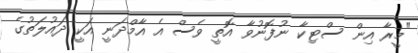
"މީރާ އިން ސްޓިކާ ނުފޮނުވާ އޮތީ ވެސް އެ އާމްދަނީ އަކީ ދައުލަތުގެ